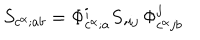
S _ { c ^ { \alpha } ; a b } = \Phi _ { c ^ { \alpha } ; a } ^ { i } S , _ { i j } \Phi _ { c ^ { \alpha } j b } ^ { j }